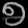
Digit: ၅